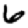
Digit: 6